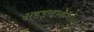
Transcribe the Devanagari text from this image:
अडडूलाकथोल्हू